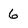
Character: 6